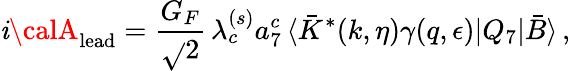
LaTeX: \mathit{i}{\calA}_{\mathrm{{lead}}}=\frac{{G_{F}}}{{\sqrt{}{2}}}\, \lambda_{c}^{(s)}a_{7}^{c}\, \langle\bar{{K}}^{*}(k,\eta)\gamma(q,\epsilon)|Q_{7}|\bar{{B}}\rangle\, ,